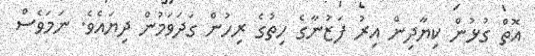
އޮތް ގުޅުން ކިޔާދިން އިރު ފަޒުނާގެ ހިތުގެ ރިހުން ގަދަވަމުން ދިޔައެވެ. ނަމަވެސް